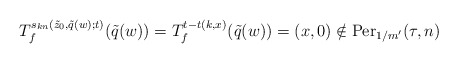
\begin{align*}T_f^{s_{kn}(\tilde{z}_0,\tilde{q}(w);t )}(\tilde{q}(w))=T_f^{t-t(k,x)}(\tilde{q}(w))=(x,0)\notin \mathrm{Per}_{1/m'}(\tau,n)\end{align*}